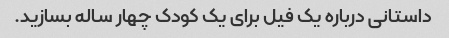
داستانی درباره یک فیل برای یک کودک چهار ساله بسازید.